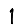
Digit: 1